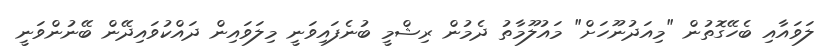
ލަވައާއި ބެހޭގޮތުން "މިއަދުނޫހަށް" މައުލޫމާތު ދެމުން ރިޝްމީ ބުނެފައިވަނީ މިލަވައިން ދައްކުވައިދޭން ބޭނުންވަނީ